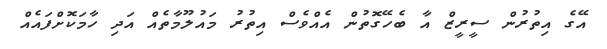
އޭގެ އިތުރުން ސީރީޒް އާ ބެހޭގޮތުން އެއްވެސް އިތުރު މައުލޫމާތެއް އަދި ހާމަކޮށްފައެއް